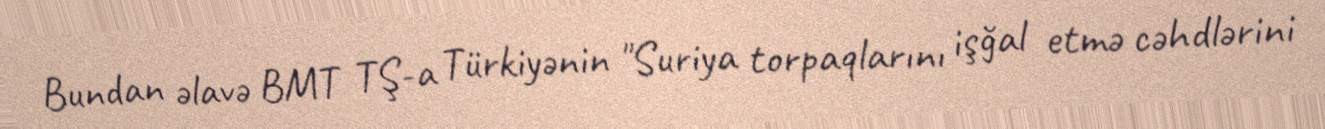
Bundan əlavə BMT TŞ-a Türkiyənin "Suriya torpaqlarını işğal etmə cəhdlərini